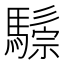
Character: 𩥷